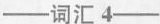
——词汇4——